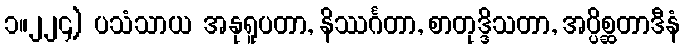
၁။၂၂၄) ပသံသာယ အနုရူပတာ, နိဿင်္ဂတာ, စာတုဒ္ဒိသတာ, အပ္ပိစ္ဆတာဒီနံ